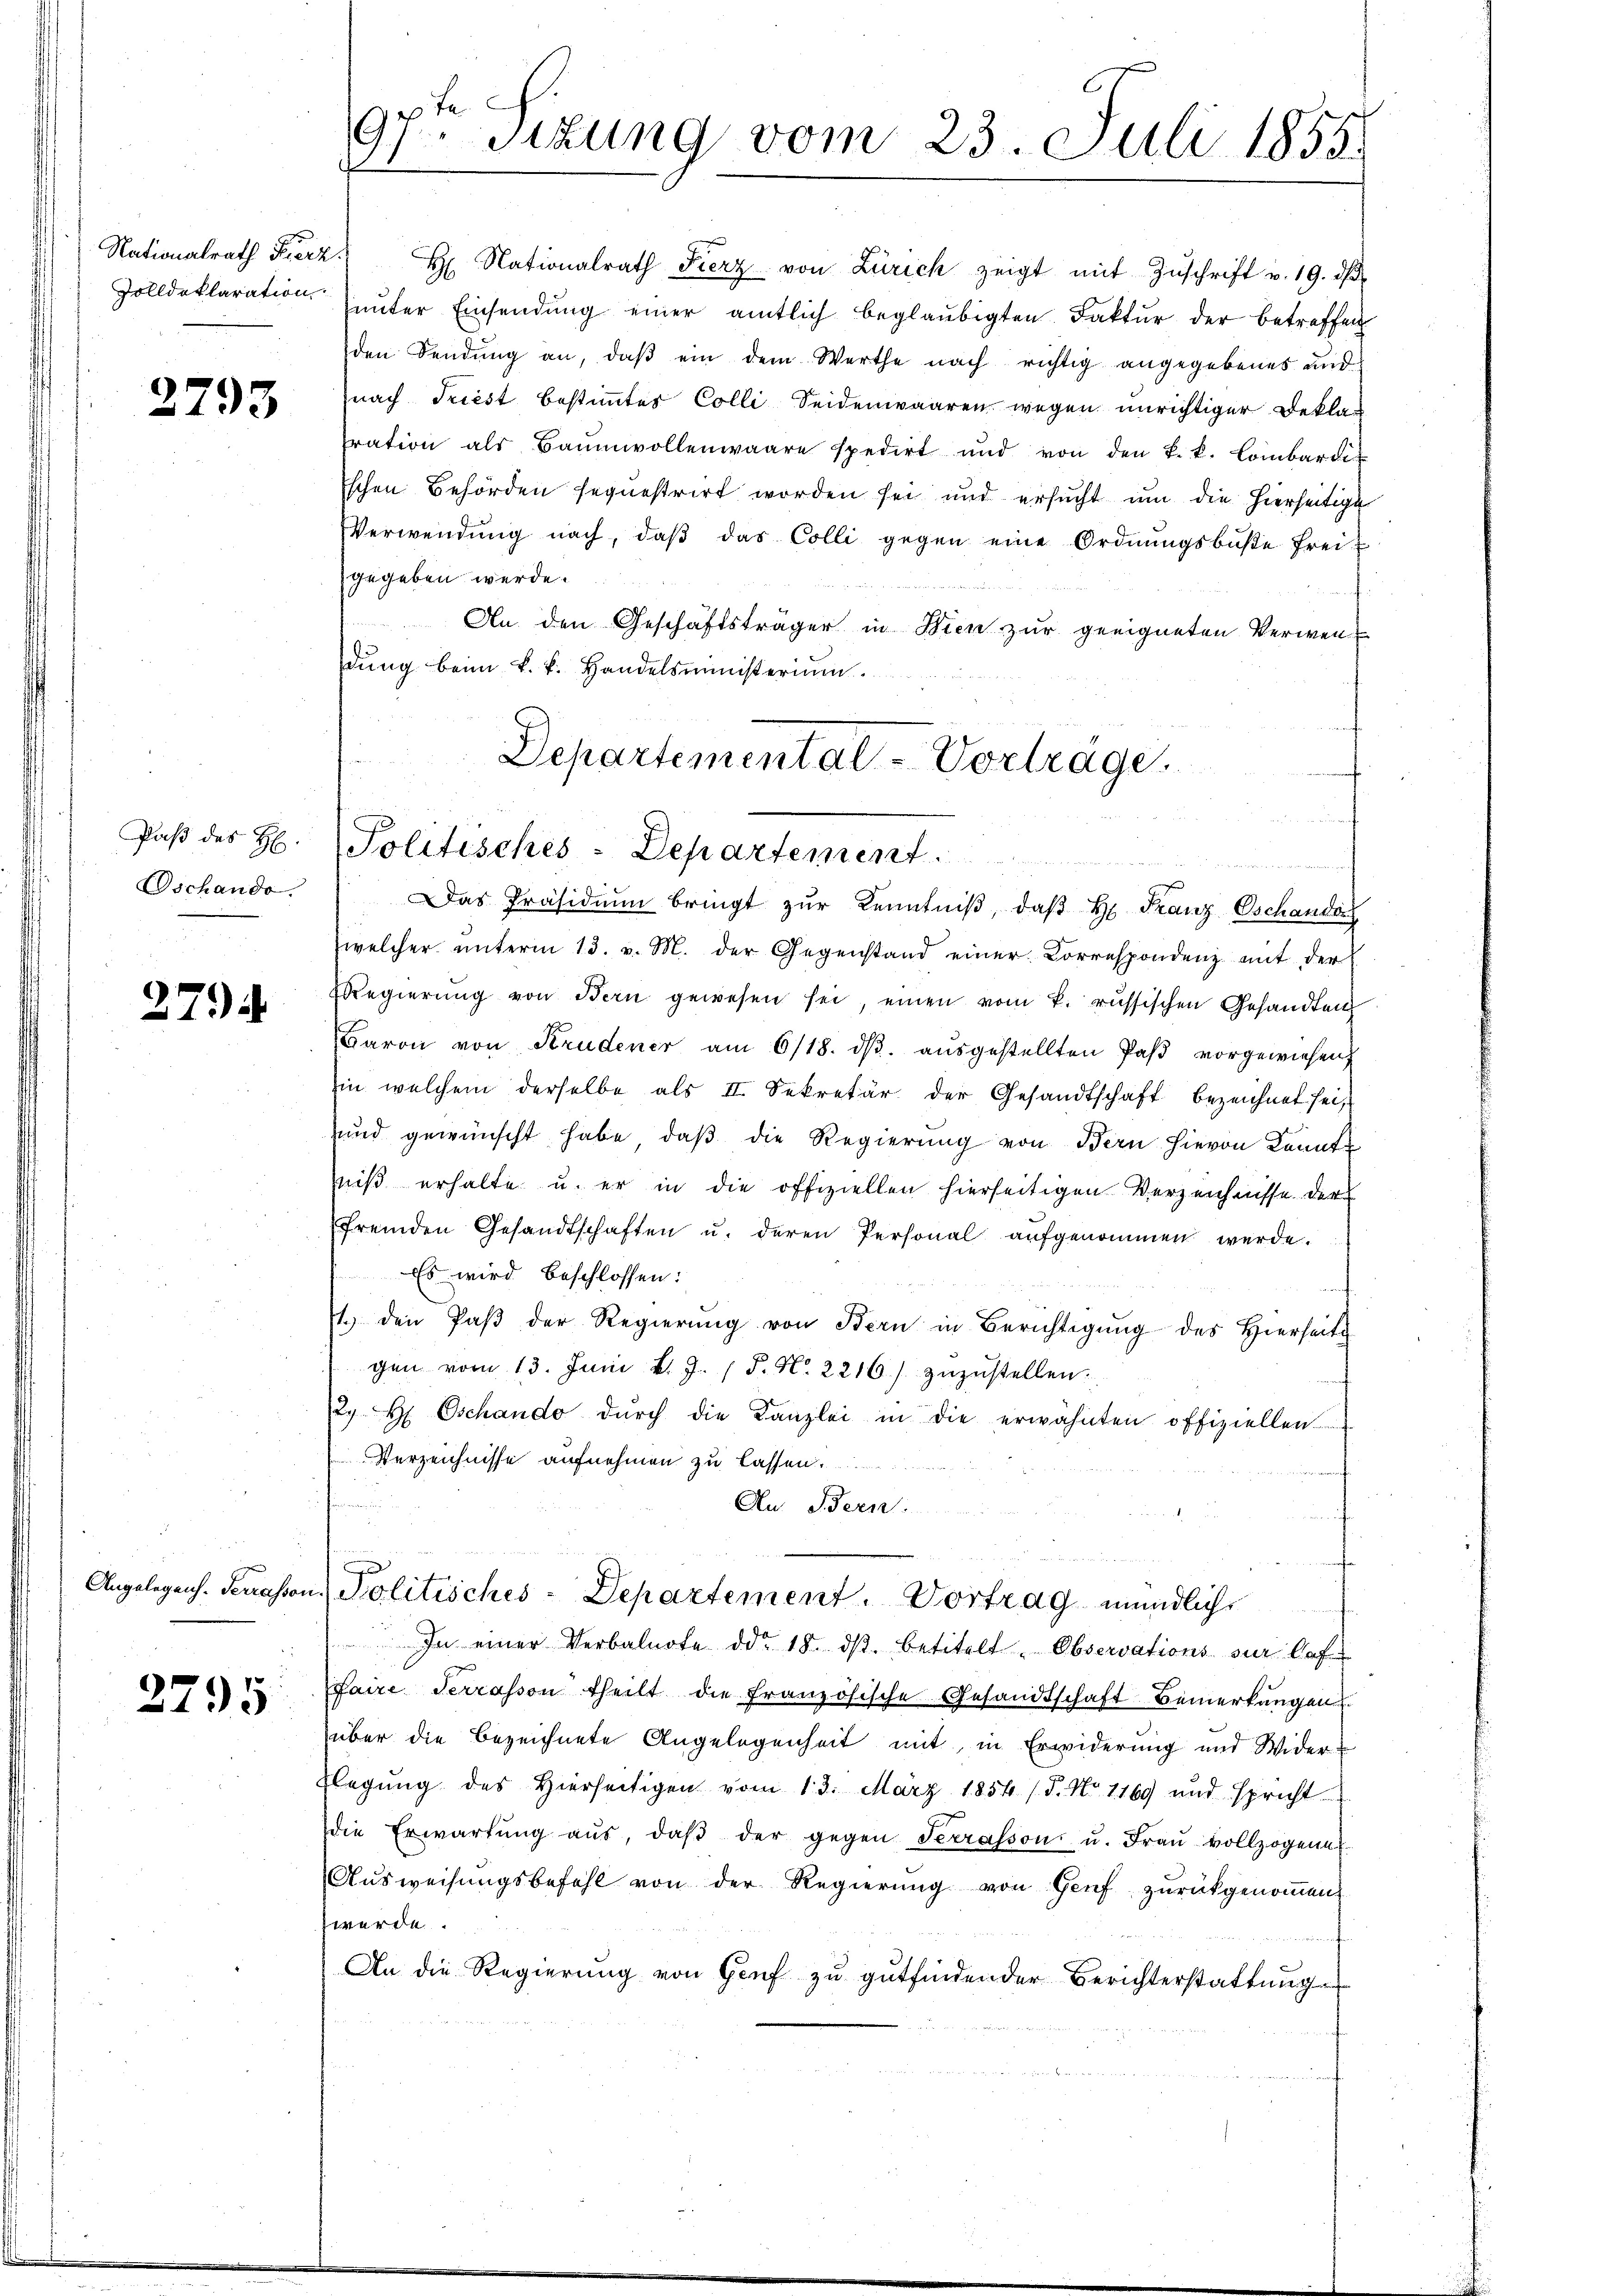
Nationalrath Fierz
Zolldeklaration

2793

Paβ des H.
Oschande.

2794

2795

h
9. Situng vom 23. Juli 1858.

den Sendŭng an, daβ ein dem Werthe nach richtig angegebenes und
nach Triest bestimmtes Colli Seidenwaaren wegen unrichtiger Beklas
ration als Baumwollenwaare spedirt und von den k. k. Lombardi
schen Behörden sequestrirt worden sei und ersucht um die hierseitige
Verwendŭng nach, daβ das Colli gegen eine Ordnŭngsbŭβe frei-
gegeben werde.
An den Geschäftsträger in Wien zŭr geeigneten Verwendŭng beim k. k. Handelsministerium.

H Nationalrath Fierz von Zürich zeigt mit Zŭschrift v. 19. dβ.
unter Einsendung einer amtlich beglaubigten Faktur der betreffen

Departemental-Vorträge.
Politisches-Departement
u

Das Präsidiŭm bringt zŭr Kenntniβ, daβ hr. Franz Oschander
welcher ŭnterm 13. v. M. der Gegenstand einer Correspondenz mit der
RRegierŭng von Bern gewesen sei einen vom k. russischen Gesandten
Baron von Strudener am 6/18. dβ. ausgestellten Paß vorgewiesen
in welchem derselbe als II. Sekretär der Gesandtschaft bezeichnet sei,
und gewünscht habe, daß die Regierung von Bern hievon Kenntniß erhalte u. er in die offiziellen hierseitigen Verzeichnisse der
fremden Gesandtschaften u. deren Personal aufgenommen werde.
 Es wird beschlossen:
1. den Paβ der Regierŭng von Bern in Berichtigŭng des Hierseits
gen vom 13. Juni v. J. P. Nr. 2216/ zŭzŭstellen.
2) Hr. Oschando dŭrch die Kanzlei in die erwähnten offiziellen
Verzeichnisse aufnehmen zu lassen.
n
An Bern.
Angelegen. Serasson, Politisches-Departement. Vortrag mündliche
In einer Verbalnote ddo. 18. dβ. betitelt. Observations zur Auf-
faire Terrasson theilt die französische Gesandtschaft Bemerkungen
über die bezeichnete Angelegenheit mit in Erwiderung und Wider-
Flegŭng des hierseitigen vom 13. März 1854 /d. No 1169 und spricht
die Erwartung aŭs, daβ der gegen Terrasson u. Frau vollzogener
Ausweisungsbefehl von der Regierung von Genf zurückgenommen
werde
An die Regierung von Gruf zu gutfindender Berichterstattung